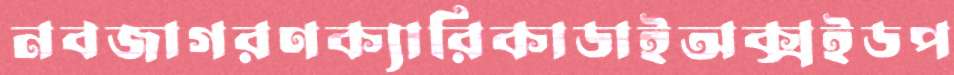
নবজাগরণক্যারিকাডাইঅক্সইডপ